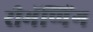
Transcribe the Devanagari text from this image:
रीमॅप्पिंग